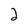
Character: 2